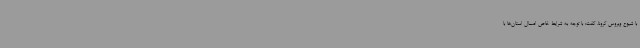
با شیوع ویروس کرونا، گفت: با توجه به شرایط خاص امسال استان‌ها با